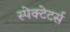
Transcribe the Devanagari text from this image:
स्पेक्टेटर्स